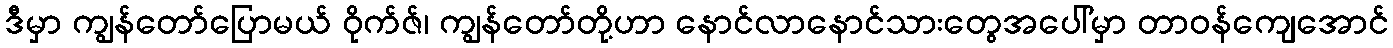
ဒီမှာ ကျွန်တော်ပြောမယ် ဝိုက်ဇ်၊ ကျွန်တော်တို့ဟာ နောင်လာနောင်သားတွေအပေါ်မှာ တာဝန်ကျေအောင်